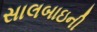
સાલબાઇની